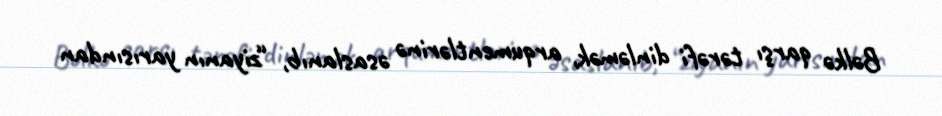
Bəlkə qarşı tərəfi dinləmək, arqumentlərinə əsaslanıb, “ziyanın yarısından